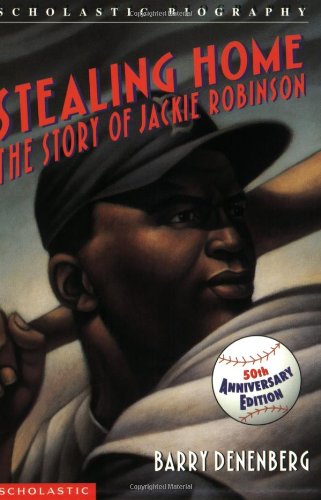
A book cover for Stealing Home: The Story Of Jackie Robinson; Barry Denenberg; Children's Books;